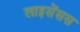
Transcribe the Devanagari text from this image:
लाइसेंसस